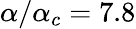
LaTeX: \alpha/\alpha_{c}=7.8